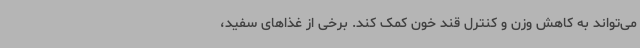
می‌تواند به کاهش وزن و کنترل قند خون کمک کند. برخی از غذاهای سفید،